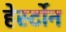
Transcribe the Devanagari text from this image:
हेर्स्टोन